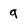
Character: g